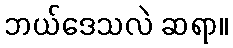
ဘယ်ဒေသလဲ ဆရာ။